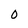
Character: 0